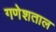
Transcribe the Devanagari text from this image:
गणेशताल